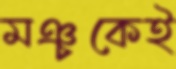
মঞ্চকেই